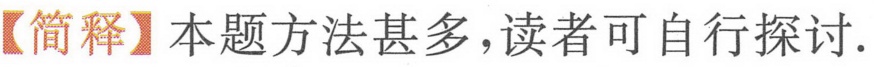
【简释】本题方法甚多，读者可自行探讨.